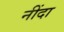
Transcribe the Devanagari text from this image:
नींदा